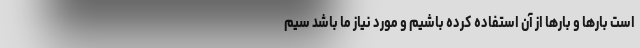
است بارها و بارها از آن استفاده کرده باشیم و مورد نیاز ما باشد سیم